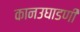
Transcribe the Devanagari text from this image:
कानउघाडणी